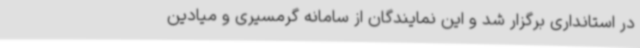
در استانداری برگزار شد و این نمایندگان از سامانه گرمسیری و میادین